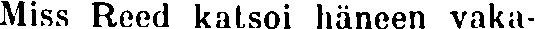
Miss Reed katsoi häneen vaka-